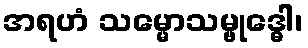
အရဟံ သမ္မောသမ္ဗုဒ္ဓေါ၊